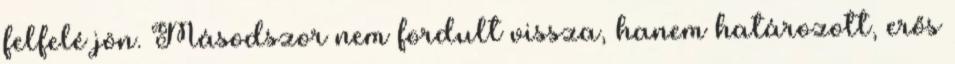
felfelé jön. Másodszor nem fordult vissza, hanem határozott, erős